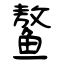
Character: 鳌